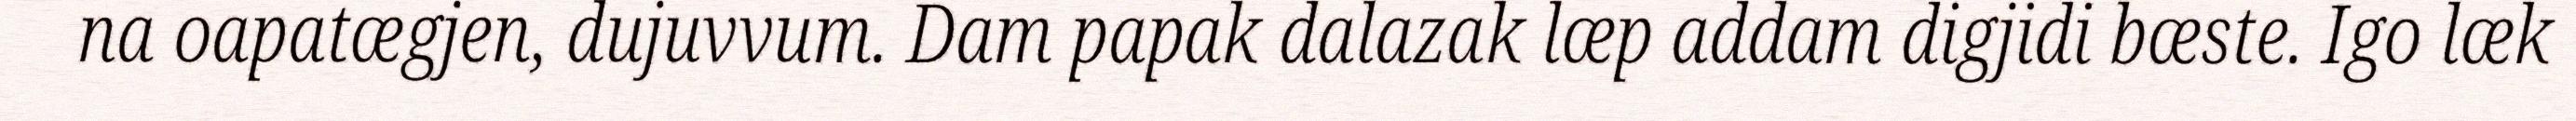
na oapatægjen, dujuvvum. Dam papak dalazak læp addam digjidi bæste. Igo læk